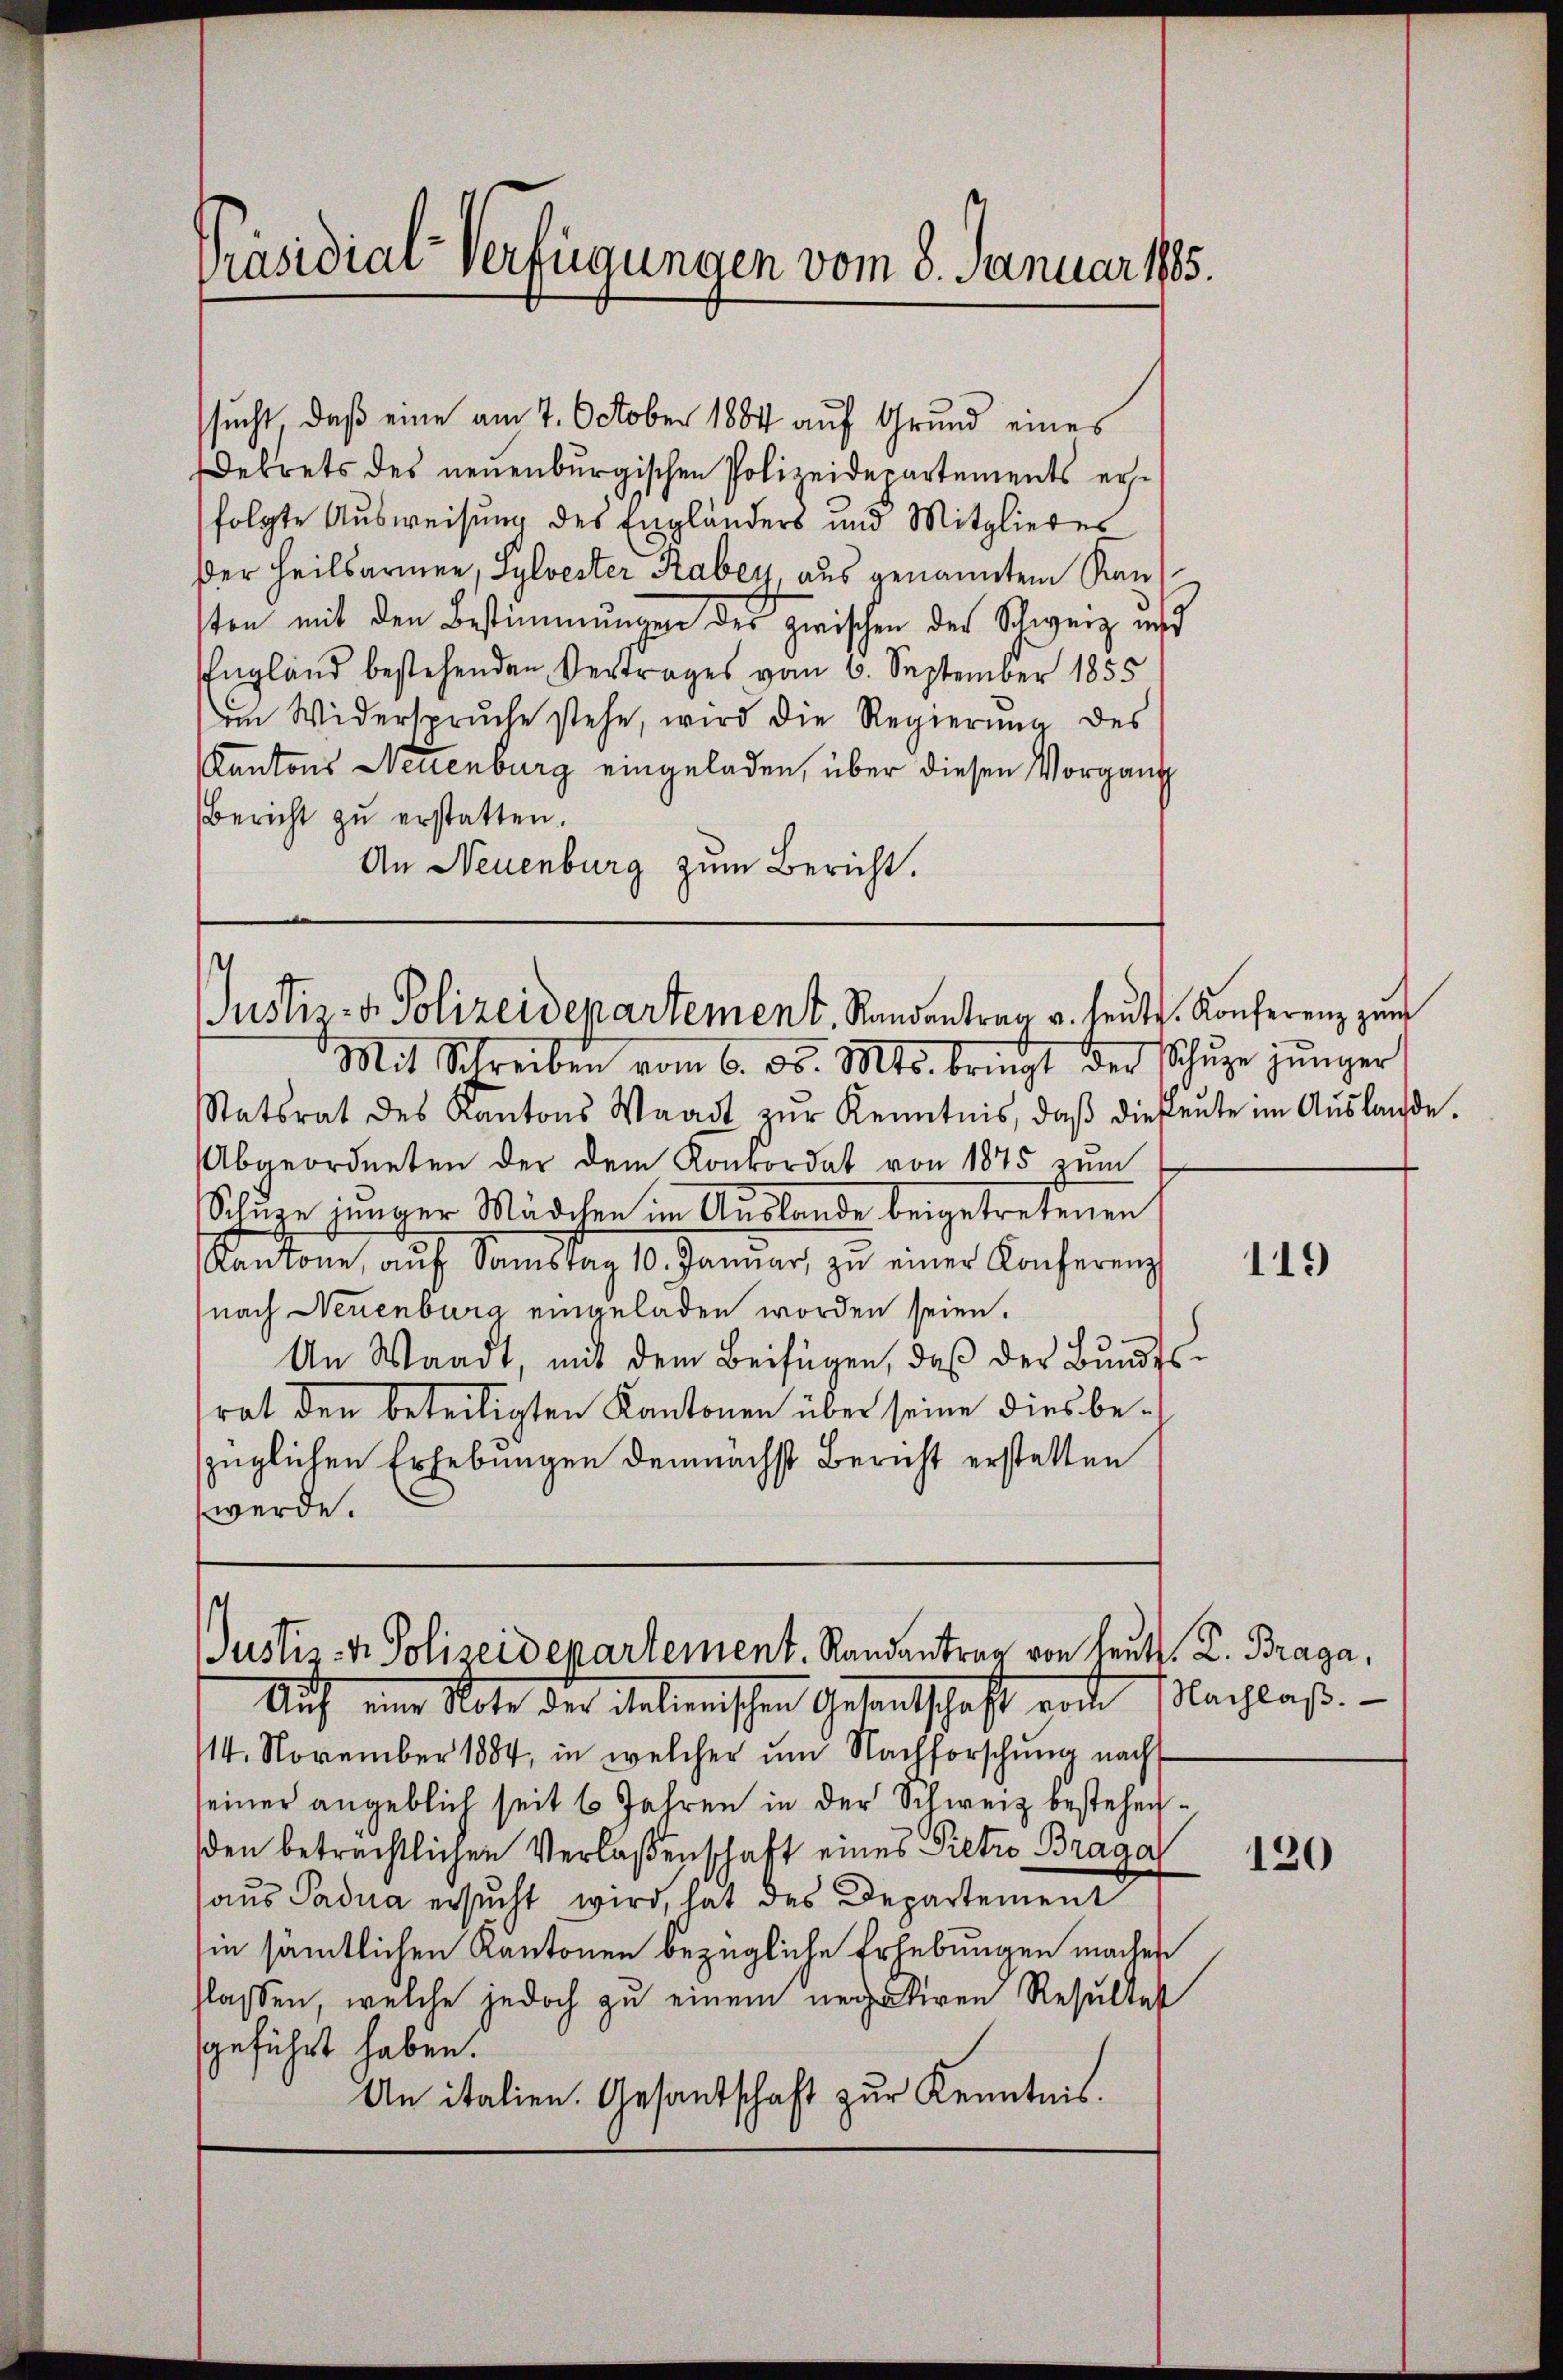
Präsidial-Verfügungen vom 8. Januar 185.

sucht, daß eine am 7. October 1884 auf Grund eines
ekrets des neuenburgischen Polizeidepartements ersfolgte Ausweisung des Engländers und Mitglieder
Der heilsarmen, Sylvester Rabey, aus genannten Kan
sten mit den Bestimmungen der zwischen der Schweiz und
England bestehenden Vertrages vom 6. September 1855
im Widerspruche stehe, wird die Regierŭng des
Kantons Neuenburg eingeladen, über diesen Vorgang
Bericht zu erstatten.
An Neuenburg zum Bericht.

Justiz- & Polizeidepartement, Randantrag u. heute. Konferenz zum
Mit Schreiben vom 6. ds. Mts. bringt der Schŭze jünger

Statsrat des Kantons Waadt zŭr Kenntnis, daβ diesente im Aŭslände.
Abgeordneten der dem Konkordat von 1875 zum
Schuze junger Mädchen im Auslande beigetretenen
Kantone aŭf Samstag 10. Janŭar zŭ einer Konferenz
nach Neuenburg eingeladen worden seien.
An Waadt, mit dem Beifügen, daβ der Bŭndesrat den beteiligten Kantonen über seine dies bezüglichen Erhebungen demnächst Bericht erstatten
werde.

Justiz- & Polizeidepartement. Randantrag von Leute. D. Braga,
Auf eine Note der deleischen Gesentschaft von Nachlass.

14. November 1884, in welcher um Nachforschung nach
seiner angeblich seit 6 Jahren in der Schweiz bestehenden beträchtlichen Verlaßenschaft eines Pietro Braga
aus Padua ersucht wird, hat des Departement
in sämmtlichen Kantonen bezügliche Erhebungen machen
flassen, welche jedoch zu einem nectiren Resultat
geführt haben.
An italien. Gesandschaft zur Kenntnis.

119

120